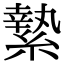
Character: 縶